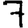
Digit: 7